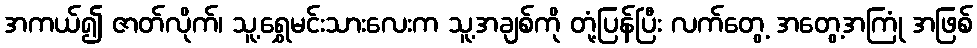
အကယ်၍ ဇာတ်လိုက်၊ သူ့ရွှေမင်းသားလေးက သူ့အချစ်ကို တုံ့ပြန်ပြီး လက်တွေ့ အတွေ့အကြုံ အဖြစ်